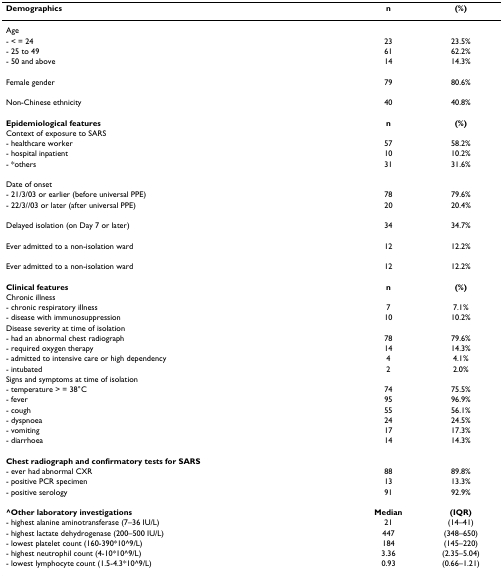
<table><thead><tr><td><b>Demographics</b></td><td><b>n</b></td><td><b>(%)</b></td></tr></thead><tbody><tr><td>Age</td><td></td><td></td></tr><tr><td>- &lt; = 24</td><td>23</td><td>23.5%</td></tr><tr><td>- 25 to 49</td><td>61</td><td>62.2%</td></tr><tr><td>- 50 and above</td><td>14</td><td>14.3%</td></tr><tr><td>Female gender</td><td>79</td><td>80.6%</td></tr><tr><td>Non-Chinese ethnicity</td><td>40</td><td>40.8%</td></tr><tr><td><b>Epidemiological features</b></td><td><b>n</b></td><td><b>(%)</b></td></tr><tr><td>Context of exposure to SARS</td><td></td><td></td></tr><tr><td>- healthcare worker</td><td>57</td><td>58.2%</td></tr><tr><td>- hospital inpatient</td><td>10</td><td>10.2%</td></tr><tr><td>- *others</td><td>31</td><td>31.6%</td></tr><tr><td>Date of onset</td><td></td><td></td></tr><tr><td>- 21/3/03 or earlier (before universal PPE)</td><td>78</td><td>79.6%</td></tr><tr><td>- 22/3//03 or later (after universal PPE)</td><td>20</td><td>20.4%</td></tr><tr><td>Delayed isolation (on Day 7 or later)</td><td>34</td><td>34.7%</td></tr><tr><td>Ever admitted to a non-isolation ward</td><td>12</td><td>12.2%</td></tr><tr><td>Ever admitted to a non-isolation ward</td><td>12</td><td>12.2%</td></tr><tr><td><b>Clinical features</b></td><td><b>n</b></td><td><b>(%)</b></td></tr><tr><td>Chronic illness</td><td></td><td></td></tr><tr><td>- chronic respiratory illness</td><td>7</td><td>7.1%</td></tr><tr><td>- disease with immunosuppression</td><td>10</td><td>10.2%</td></tr><tr><td>Disease severity at time of isolation</td><td></td><td></td></tr><tr><td>- had an abnormal chest radiograph</td><td>78</td><td>79.6%</td></tr><tr><td>- required oxygen therapy</td><td>14</td><td>14.3%</td></tr><tr><td>- admitted to intensive care or high dependency</td><td>4</td><td>4.1%</td></tr><tr><td>- intubated</td><td>2</td><td>2.0%</td></tr><tr><td>Signs and symptoms at time of isolation</td><td></td><td></td></tr><tr><td>- temperature &gt; = 38°C</td><td>74</td><td>75.5%</td></tr><tr><td>- fever</td><td>95</td><td>96.9%</td></tr><tr><td>- cough</td><td>55</td><td>56.1%</td></tr><tr><td>- dyspnoea</td><td>24</td><td>24.5%</td></tr><tr><td>- vomiting</td><td>17</td><td>17.3%</td></tr><tr><td>- diarrhoea</td><td>14</td><td>14.3%</td></tr><tr><td><b>Chest radiograph and confirmatory tests for SARS</b></td><td></td><td></td></tr><tr><td>- ever had abnormal CXR</td><td>88</td><td>89.8%</td></tr><tr><td>- positive PCR specimen</td><td>13</td><td>13.3%</td></tr><tr><td>- positive serology</td><td>91</td><td>92.9%</td></tr><tr><td><b>^Other laboratory investigations</b></td><td><b>Median</b></td><td><b>(IQR)</b></td></tr><tr><td>- highest alanine aminotransferase (7–36 IU/L)</td><td>21</td><td>(14–41)</td></tr><tr><td>- highest lactate dehydrogenase (200–500 IU/L)</td><td>447</td><td>(348–650)</td></tr><tr><td>- lowest platelet count (160-390*10^9/L)</td><td>184</td><td>(145–220)</td></tr><tr><td>- highest neutrophil count (4-10*10^9/L)</td><td>3.36</td><td>(2.35–5.04)</td></tr><tr><td>- lowest lymphocyte count (1.5-4.3*10^9/L)</td><td>0.93</td><td>(0.66–1.21)</td></tr></tbody></table>